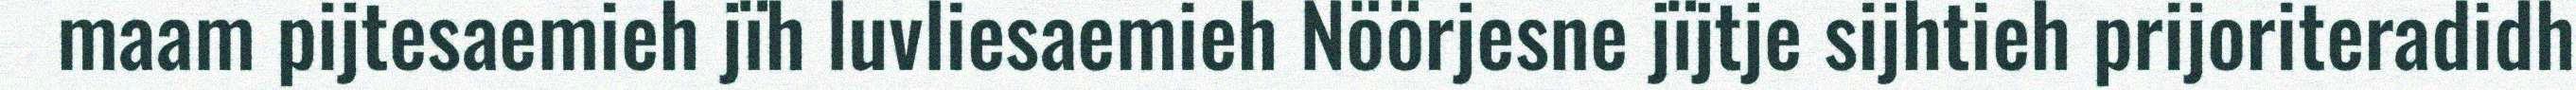
maam pijtesaemieh jïh luvliesaemieh Nöörjesne jïjtje sijhtieh prijoriteradidh